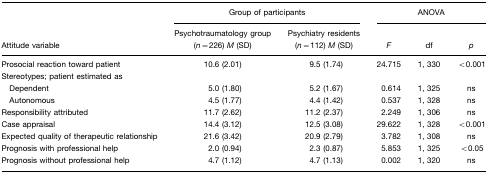
<table><thead><tr><td></td><td colspan="2"><b>Group of participants</b></td><td colspan="3"><b>ANOVA</b></td></tr><tr><td><b>Attitude variable</b></td><td><b>Psychotraumatology group (<i>n</i>=226) <i>M</i> (SD)</b></td><td><b>Psychiatry residents (<i>n</i>=112) <i>M</i> (SD)</b></td><td><b><i>F</i></b></td><td><b>df</b></td><td><b><i>p</i></b></td></tr></thead><tbody><tr><td>Prosocial reaction toward patient</td><td>10.6 (2.01)</td><td>9.5 (1.74)</td><td>24.715</td><td>1, 330</td><td>&lt;0.001</td></tr><tr><td>Stereotypes; patient estimated as</td><td></td><td></td><td></td><td></td><td></td></tr><tr><td> Dependent</td><td>5.0 (1.80)</td><td>5.2 (1.67)</td><td>0.614</td><td>1, 325</td><td>ns</td></tr><tr><td> Autonomous</td><td>4.5 (1.77)</td><td>4.4 (1.42)</td><td>0.537</td><td>1, 328</td><td>ns</td></tr><tr><td>Responsibility attributed</td><td>11.7 (2.62)</td><td>11.2 (2.37)</td><td>2.249</td><td>1, 306</td><td>ns</td></tr><tr><td>Case appraisal</td><td>14.4 (3.12)</td><td>12.5 (3.08)</td><td>29.622</td><td>1, 328</td><td>&lt;0.001</td></tr><tr><td>Expected quality of therapeutic relationship</td><td>21.6 (3.42)</td><td>20.9 (2.79)</td><td>3.782</td><td>1, 308</td><td>ns</td></tr><tr><td>Prognosis with professional help</td><td>2.0 (0.94)</td><td>2.3 (0.87)</td><td>5.853</td><td>1, 325</td><td>&lt;0.05</td></tr><tr><td>Prognosis without professional help</td><td>4.7 (1.12)</td><td>4.7 (1.13)</td><td>0.002</td><td>1, 320</td><td>ns</td></tr></tbody></table>